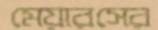
মেয়ারসের